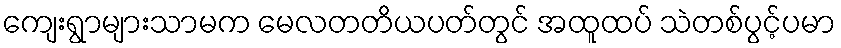
ကျေးရွာများသာမက မေလတတိယပတ်တွင် အထူထပ် သဲတစ်ပွင့်ပမာ